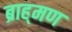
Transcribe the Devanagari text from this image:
ब्राह्‌मण